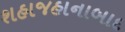
શહાજહાનાબાદ